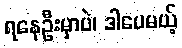
ရနေဦးမှာပဲ၊ ဒါပေမယ့်